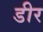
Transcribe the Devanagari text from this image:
डीर